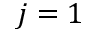
j = 1